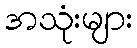
အသုံးများ